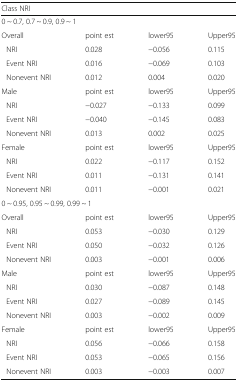
<table><thead><tr><td colspan="4"><b>Class NRI</b></td></tr></thead><tbody><tr><td colspan="4">0 ~ 0.7, 0.7 ~ 0.9, 0.9 ~ 1</td></tr><tr><td>Overall</td><td>point est</td><td>lower95</td><td>Upper95</td></tr><tr><td>NRI</td><td>0.028</td><td>−0.056</td><td>0.115</td></tr><tr><td>Event NRI</td><td>0.016</td><td>−0.069</td><td>0.103</td></tr><tr><td>Nonevent NRI</td><td>0.012</td><td>0.004</td><td>0.020</td></tr><tr><td>Male</td><td>point est</td><td>lower95</td><td>Upper95</td></tr><tr><td>NRI</td><td>−0.027</td><td>−0.133</td><td>0.099</td></tr><tr><td>Event NRI</td><td>−0.040</td><td>−0.145</td><td>0.083</td></tr><tr><td>Nonevent NRI</td><td>0.013</td><td>0.002</td><td>0.025</td></tr><tr><td>Female</td><td>point est</td><td>lower95</td><td>Upper95</td></tr><tr><td>NRI</td><td>0.022</td><td>−0.117</td><td>0.152</td></tr><tr><td>Event NRI</td><td>0.011</td><td>−0.131</td><td>0.141</td></tr><tr><td>Nonevent NRI</td><td>0.011</td><td>−0.001</td><td>0.021</td></tr><tr><td colspan="4">0 ~ 0.95, 0.95 ~ 0.99, 0.99 ~ 1</td></tr><tr><td>Overall</td><td>point est</td><td>lower95</td><td>Upper95</td></tr><tr><td>NRI</td><td>0.053</td><td>−0.030</td><td>0.129</td></tr><tr><td>Event NRI</td><td>0.050</td><td>−0.032</td><td>0.126</td></tr><tr><td>Nonevent NRI</td><td>0.003</td><td>−0.001</td><td>0.006</td></tr><tr><td>Male</td><td>point est</td><td>lower95</td><td>Upper95</td></tr><tr><td>NRI</td><td>0.030</td><td>−0.087</td><td>0.148</td></tr><tr><td>Event NRI</td><td>0.027</td><td>−0.089</td><td>0.145</td></tr><tr><td>Nonevent NRI</td><td>0.003</td><td>−0.002</td><td>0.009</td></tr><tr><td>Female</td><td>point est</td><td>lower95</td><td>Upper95</td></tr><tr><td>NRI</td><td>0.056</td><td>−0.066</td><td>0.158</td></tr><tr><td>Event NRI</td><td>0.053</td><td>−0.065</td><td>0.156</td></tr><tr><td>Nonevent NRI</td><td>0.003</td><td>−0.003</td><td>0.007</td></tr></tbody></table>